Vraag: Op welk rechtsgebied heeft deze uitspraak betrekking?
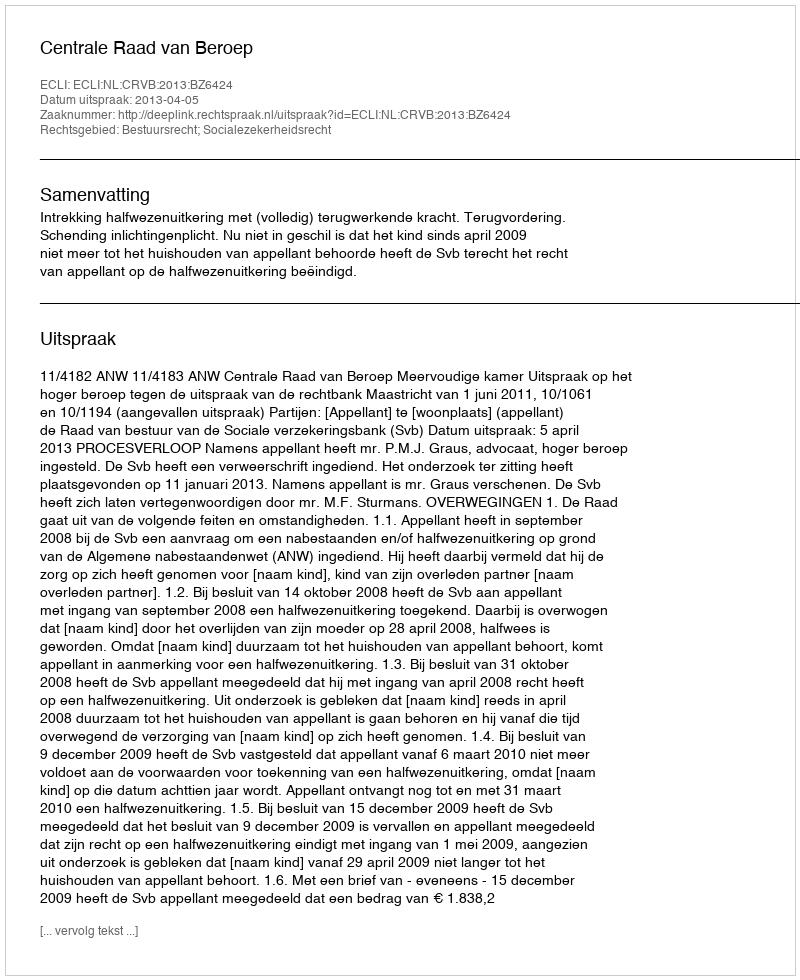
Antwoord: Bestuursrecht; Socialezekerheidsrecht